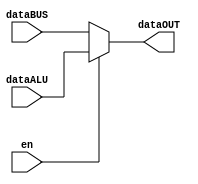
//author - Chathura Jayasankha Gamage
//to select between ALU and BUS

module mpAC
(
input [15:0] dataBUS,
input [15:0] dataALU,
input en,
output reg [15:0] dataOUT
);

always@(*)
begin
if (en)
	dataOUT <= dataALU;
else
	dataOUT <= dataBUS;
end

endmodule